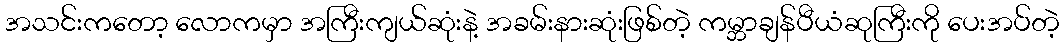
အသင်းကတော့ လောကမှာ အကြီးကျယ်ဆုံးနဲ့ အခမ်းနားဆုံးဖြစ်တဲ့ ကမ္ဘာချန်ပီယံဆုကြီးကို ပေးအပ်တဲ့